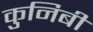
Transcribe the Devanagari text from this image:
कुनिबी